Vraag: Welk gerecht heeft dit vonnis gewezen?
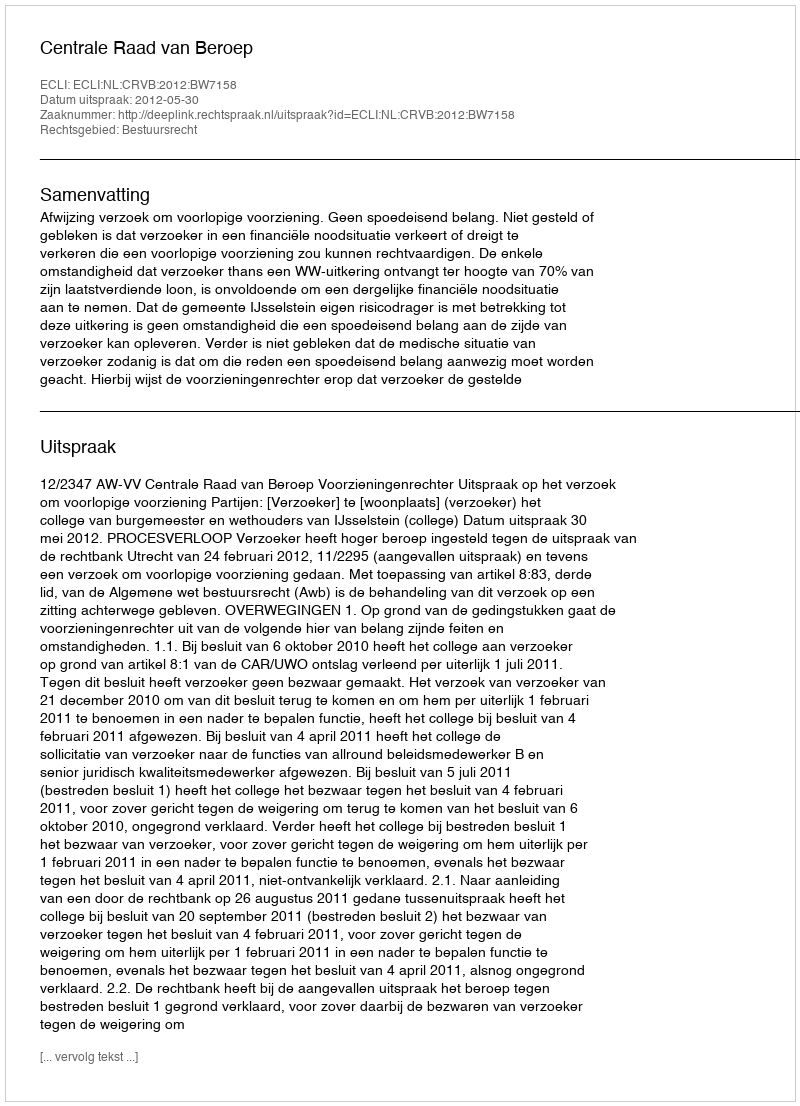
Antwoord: Centrale Raad van Beroep